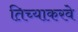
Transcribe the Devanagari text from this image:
तिच्याकरवे